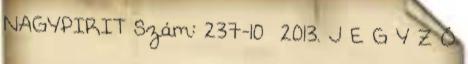
NAGYPIRIT Szám: 237-10 2013. J E G Y Z Ő